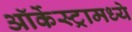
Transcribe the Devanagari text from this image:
ऑर्केस्ट्रामध्ये